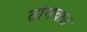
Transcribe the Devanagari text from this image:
तांगचाउ